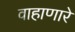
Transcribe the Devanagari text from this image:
वाहाणारे